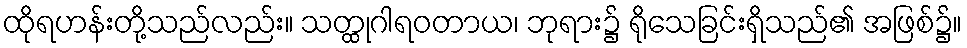
ထိုရဟန်းတို့သည်လည်း။ သတ္ထုဂါရဝတာယ၊ ဘုရား၌ ရိုသေခြင်းရှိသည်၏ အဖြစ်၌။